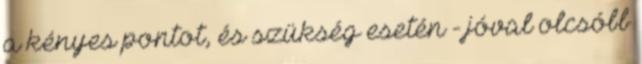
a kényes pontot, és szükség esetén - jóval olcsóbb